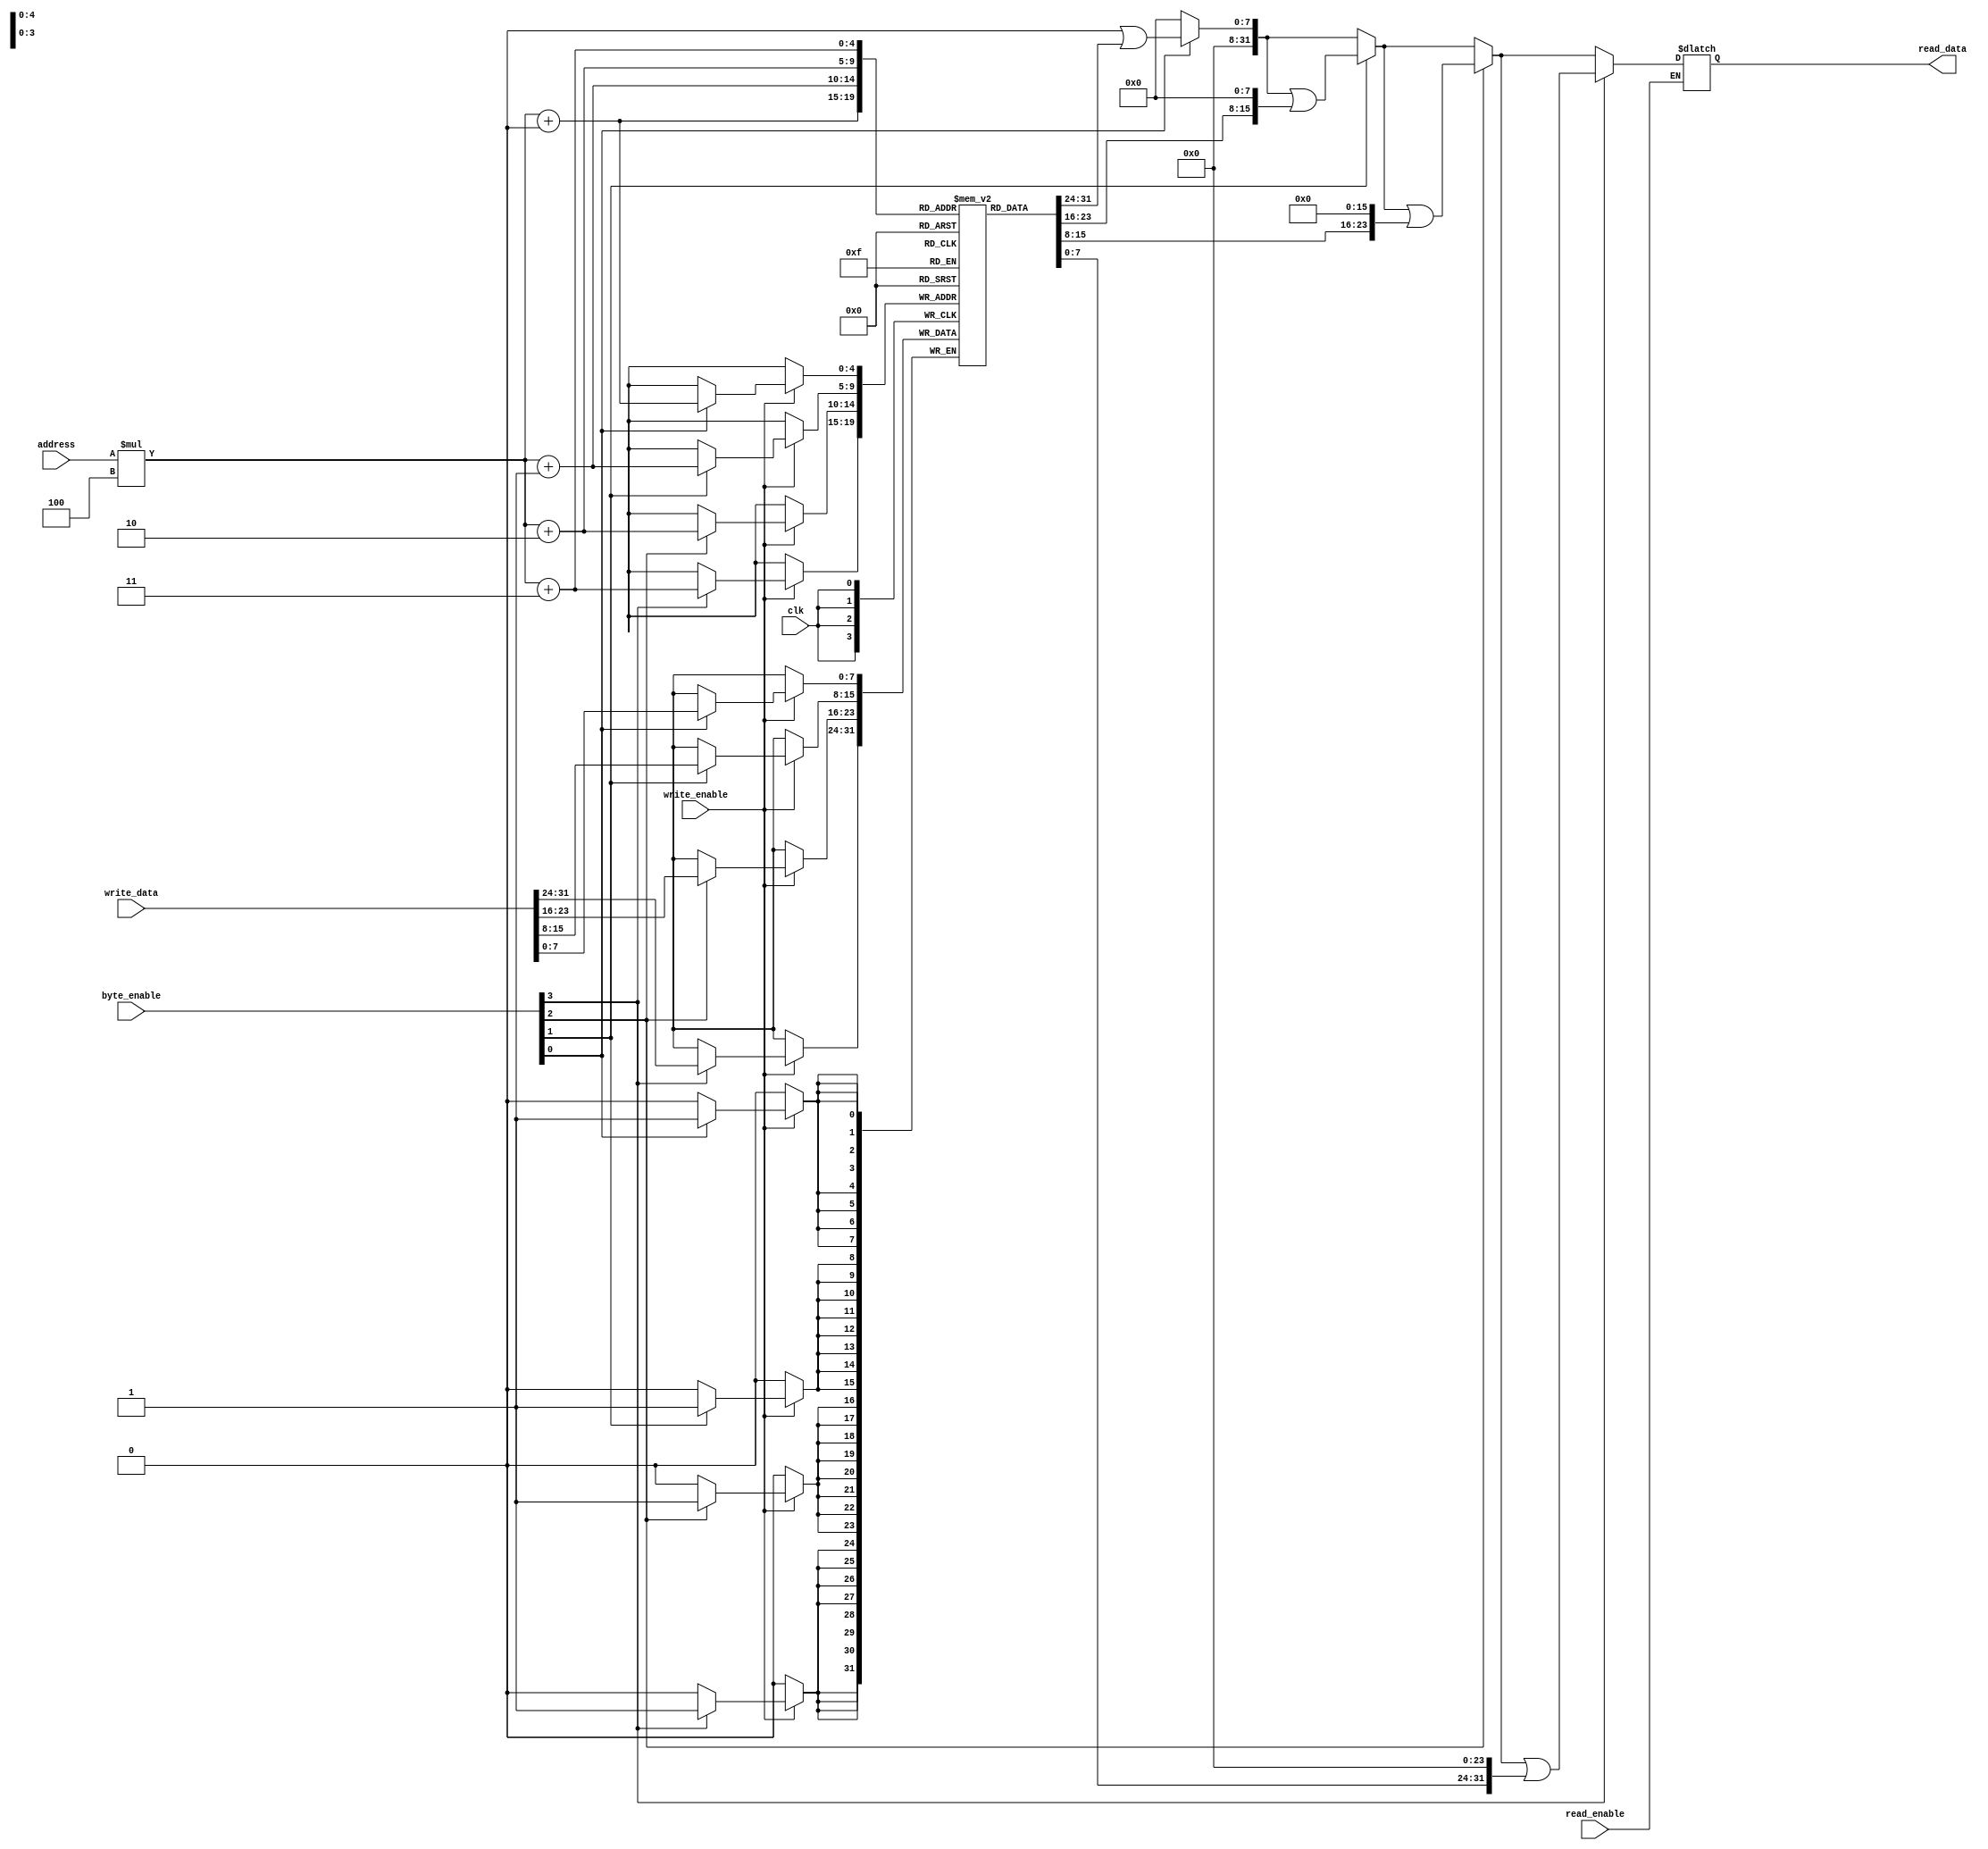
module Data_Memory #(parameter bitwidth = 32) (clk, write_enable, byte_enable, read_enable, address, write_data, read_data);
    input clk;
    input write_enable;
    input [3:0] byte_enable; //͸   byte_enable ũ ŭ ޸𸮸 о
    input read_enable;
    input [bitwidth-1:0] address;
    input [bitwidth-1:0] write_data;

    output [bitwidth-1:0] read_data;

    wire [3:0] byte_enable;
    
    reg [bitwidth-1:0] read_data;
    reg [7:0] memory [31:0]; // 32Ʈ ũ ޸
    
    integer i;

    always @(posedge clk) begin 
        if (write_enable) begin
            for (i = 0; i < 4; i = i + 1) begin
                if (byte_enable[i]) begin //address 1 8bit ϱ 
                    memory[address*4 + i] = write_data[i*8 +: 8]; // Ư Ʈ  +: Ʈ ɰٴ 
                end//adress*4 ޸ּҸ 32Ʈ  ϸϴ  ex.) 
                   //0° ּҴ 0,1,2,3° Ʈ Ų.
                   //ʿ byte ũ ŭ read_data ORϿ 
            end
        end
    end 
     always @(*) begin 
        if (read_enable) begin
            read_data = 8'h00000000; //default value
            for (i = 0; i < 4; i = i + 1) begin
                if (byte_enable[i]) begin
                    read_data = read_data | (memory[address*4 + i] << (i*8));
                    //޸ ͸ о  Ʈ ° ޸  а read_data ڸ ° Ʈ Ű 
                end //ִ´.
            end
        end
    end
endmodule